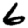
Digit: 6